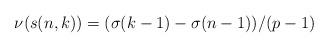
LaTeX: \begin{align*}\nu(s(n,k))=(\sigma(k-1)-\sigma(n-1))/(p-1)\end{align*}